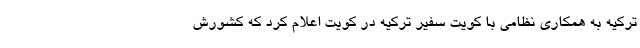
ترکیه به همکاری نظامی با کویت سفیر ترکیه در کویت اعلام کرد که کشورش